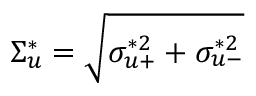
\Sigma _ { u } ^ { * } = \sqrt { \sigma _ { u + } ^ { * 2 } + \sigma _ { u - } ^ { * 2 } }